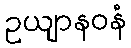
ဥယျာနဝနံ